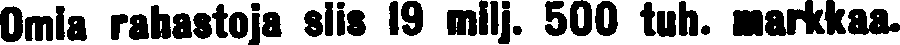
Omia rahastoja siis 19 milj. 500 tul. Markkaa.